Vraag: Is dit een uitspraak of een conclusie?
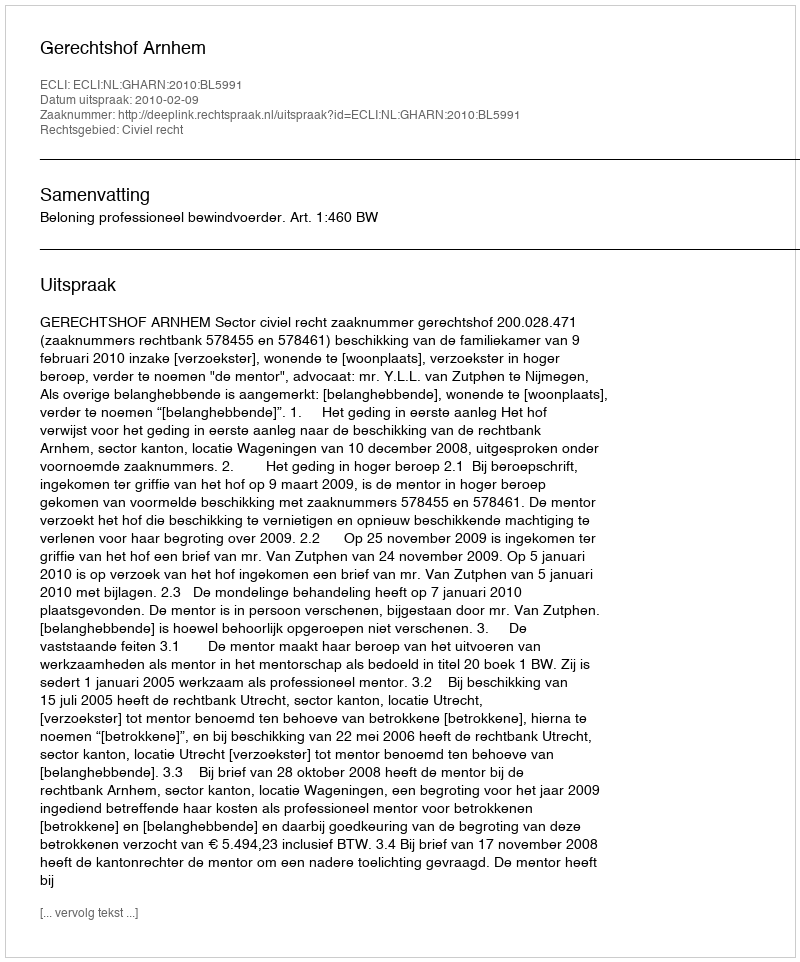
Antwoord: Uitspraak